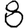
Digit: 8